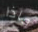
ماذا